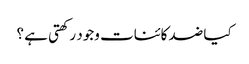
کیا ضد کائنات وجود رکھتی ہے ؟